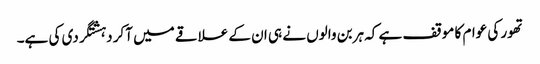
تھور کی عوام کا موقف ہے کہ ہربن والوں نے ہی ان کے علاقے میں آکر دہشتگردی کی ہے۔